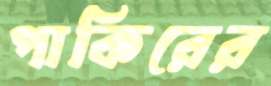
পাকিরের